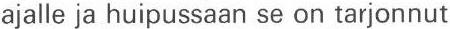
ajalle ja huipussaan se on tarjonnut